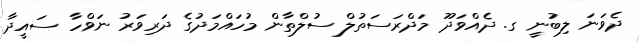
ދެވަނަ ލިބުނީ ގ. ދެއްވަދޫ މަދްރަސަތުލް ސުލްތާން މުހައްމަދުގެ ދަރިވަރު ނަވްހާ ސައީދާ